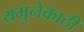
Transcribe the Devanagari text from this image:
यमुनेकाठी